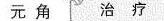
元角 治疗